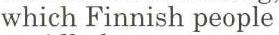
which Finnish people